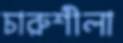
চারুশীলা